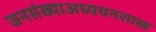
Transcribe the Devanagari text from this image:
जनसंख्याअध्ययनशास्त्र